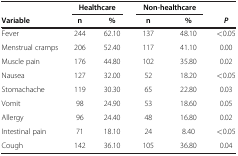
<table><thead><tr><td><b> </b></td><td colspan="2"><b>Healthcare</b></td><td colspan="2"><b>Non-healthcare</b></td><td><b> </b></td></tr><tr><td><b>Variable</b></td><td><b>n</b></td><td><b>%</b></td><td><b>n</b></td><td><b>%</b></td><td><b><i>P</i></b></td></tr></thead><tbody><tr><td>Fever</td><td>244</td><td>62.10</td><td>137</td><td>48.10</td><td>&lt;0.05</td></tr><tr><td>Menstrual cramps</td><td>206</td><td>52.40</td><td>117</td><td>41.10</td><td>0.00</td></tr><tr><td>Muscle pain</td><td>176</td><td>44.80</td><td>102</td><td>35.80</td><td>0.02</td></tr><tr><td>Nausea</td><td>127</td><td>32.00</td><td>52</td><td>18.20</td><td>&lt;0.05</td></tr><tr><td>Stomachache</td><td>119</td><td>30.30</td><td>65</td><td>22.80</td><td>0.03</td></tr><tr><td>Vomit</td><td>98</td><td>24.90</td><td>53</td><td>18.60</td><td>0.05</td></tr><tr><td>Allergy</td><td>96</td><td>24.40</td><td>48</td><td>16.80</td><td>0.02</td></tr><tr><td>Intestinal pain</td><td>71</td><td>18.10</td><td>24</td><td>8.40</td><td>&lt;0.05</td></tr><tr><td>Cough</td><td>142</td><td>36.10</td><td>105</td><td>36.80</td><td>0.04</td></tr></tbody></table>